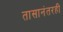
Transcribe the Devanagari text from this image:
तासानंतरही